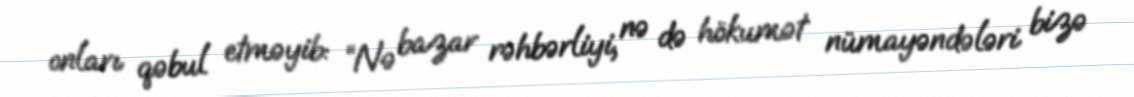
onları qəbul etməyib: “Nə bazar rəhbərliyi, nə də hökumət nümayəndələri bizə